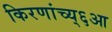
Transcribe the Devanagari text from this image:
किरणांच्य्६आ